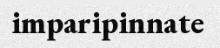
imparipinnate